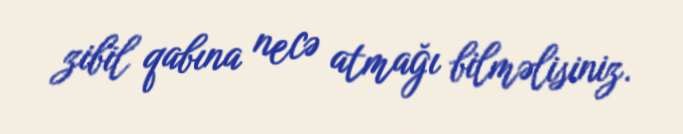
zibil qabına necə atmağı bilməlisiniz.